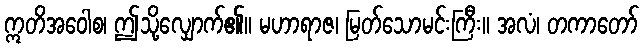
ဣတိအဝေါစ၊ ဤသို့လျှောက်၏။ မဟာရာဇ၊ မြတ်သောမင်းကြီး။ အလံ၊ တကာတော်